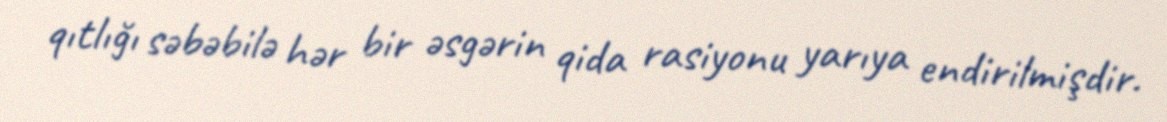
qıtlığı səbəbilə hər bir əsgərin qida rasiyonu yarıya endirilmişdir.